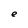
Character: e